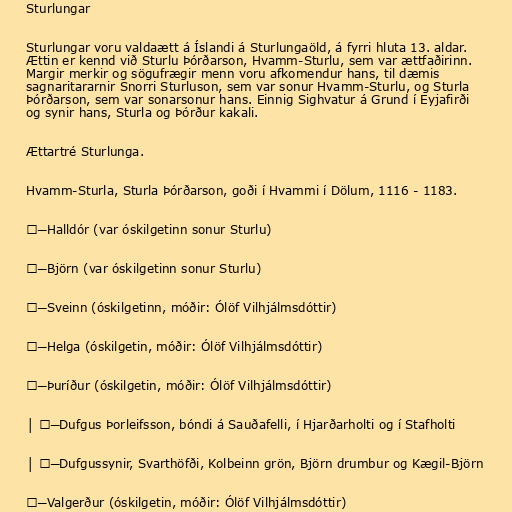
Sturlungar

Sturlungar voru valdaætt á Íslandi á Sturlungaöld, á fyrri hluta 13. aldar.
Ættin er kennd við Sturlu Þórðarson, Hvamm-Sturlu, sem var ættfaðirinn.
Margir merkir og sögufrægir menn voru afkomendur hans, til dæmis
sagnaritararnir Snorri Sturluson, sem var sonur Hvamm-Sturlu, og Sturla
Þórðarson, sem var sonarsonur hans. Einnig Sighvatur á Grund í Eyjafirði
og synir hans, Sturla og Þórður kakali.

Ættartré Sturlunga.

Hvamm-Sturla, Sturla Þórðarson, goði í Hvammi í Dölum, 1116 - 1183.

├─Halldór (var óskilgetinn sonur Sturlu)

├─Björn (var óskilgetinn sonur Sturlu)

├─Sveinn (óskilgetinn, móðir: Ólöf Vilhjálmsdóttir)

├─Helga (óskilgetin, móðir: Ólöf Vilhjálmsdóttir)

├─Þuríður (óskilgetin, móðir: Ólöf Vilhjálmsdóttir)

│ ╰─Dufgus Þorleifsson, bóndi á Sauðafelli, í Hjarðarholti og í Stafholti

│ ╰─Dufgussynir, Svarthöfði, Kolbeinn grön, Björn drumbur og Kægil-Björn

├─Valgerður (óskilgetin, móðir: Ólöf Vilhjálmsdóttir)